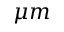
\mu m